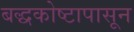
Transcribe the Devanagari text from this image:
बद्धकोष्टापासून